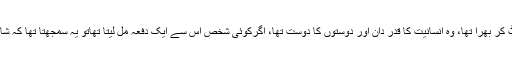
اس کے اندر خدمت خلق کا جذبہ کوٹ کوٹ کر بھرا تھا، وہ انسانیت کا قدر دان اور دوستوں کا دوست تھا، اگرکوئی شخص اس سے ایک دفعہ مل لیتا تھاتو یہ سمجھتا تھا کہ شاید اس کے ساتھ میرا صدیوںپرانا تعلق ہے۔